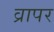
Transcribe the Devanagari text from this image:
व्रापर